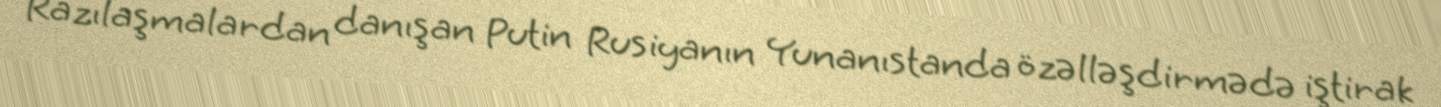
Razılaşmalardan danışan Putin Rusiyanın Yunanıstanda özəlləşdirmədə iştirak